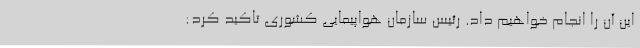
این آن را انجام خواهیم داد. رئیس سازمان هواپیمایی کشوری تاکید کرد: